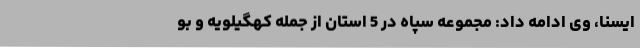
ایسنا، وی ادامه داد: مجموعه سپاه در 5 استان از جمله کهگیلویه و بو